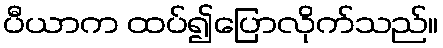
ပီယာက ထပ်၍ပြောလိုက်သည်။